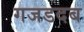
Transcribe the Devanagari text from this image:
गजडदब